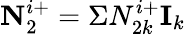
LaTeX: \textbf{N}_{2}^{i+}=\Sigma N_{2k}^{i+}\textbf{I}_{k}